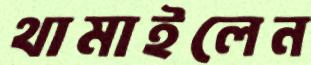
থামাইলেন